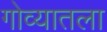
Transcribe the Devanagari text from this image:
गोव्यातला